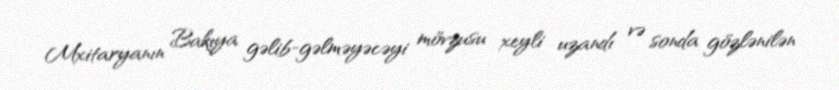
Mxitaryanın Bakıya gəlib-gəlməyəcəyi mövzusu xeyli uzandı və sonda gözlənilən